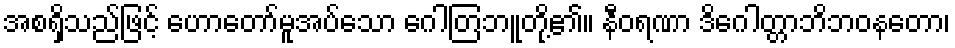
အစရှိသည်ဖြင့် ဟောတော်မူအပ်သော ဂေါတြဘူတို့၏။ နီဝရဏာ ဒိဂေါတ္တာဘိဘဝနတော၊